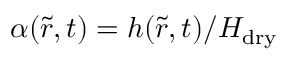
\alpha ( \tilde { r } , t ) = h ( \tilde { r } , t ) / H _ { \mathrm { d r y } }